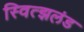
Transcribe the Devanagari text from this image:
स्वित्झलंड